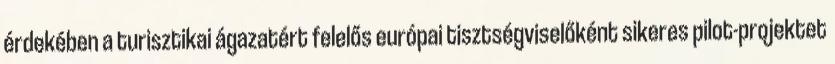
érdekében a turisztikai ágazatért felelős európai tisztségviselőként sikeres pilot-projektet